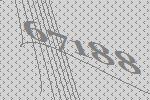
67188